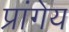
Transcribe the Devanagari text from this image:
प्रांगेय